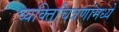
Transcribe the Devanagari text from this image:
व्यक्तिचित्रणांमध्ये